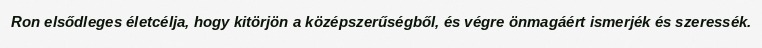
Ron elsődleges életcélja, hogy kitörjön a középszerűségből, és végre önmagáért ismerjék és szeressék.